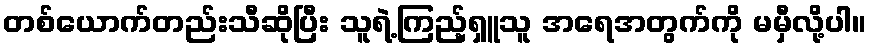
တစ်ယောက်တည်းသီဆိုပြီး သူရဲ့ကြည့်ရှူသူ အရေအတွက်ကို မမှီလို့ပါ။